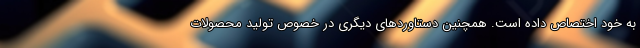
به خود اختصاص داده است. همچنین دستاوردهای دیگری در خصوص تولید محصولات